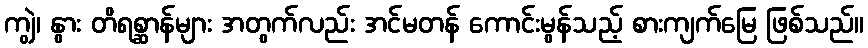
ကျွဲ၊ နွား တိရစ္ဆာန်များ အတွက်လည်း အင်မတန် ကောင်းမွန်သည့် စားကျက်မြေ ဖြစ်သည်။